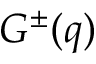
G ^ { \pm } ( q )